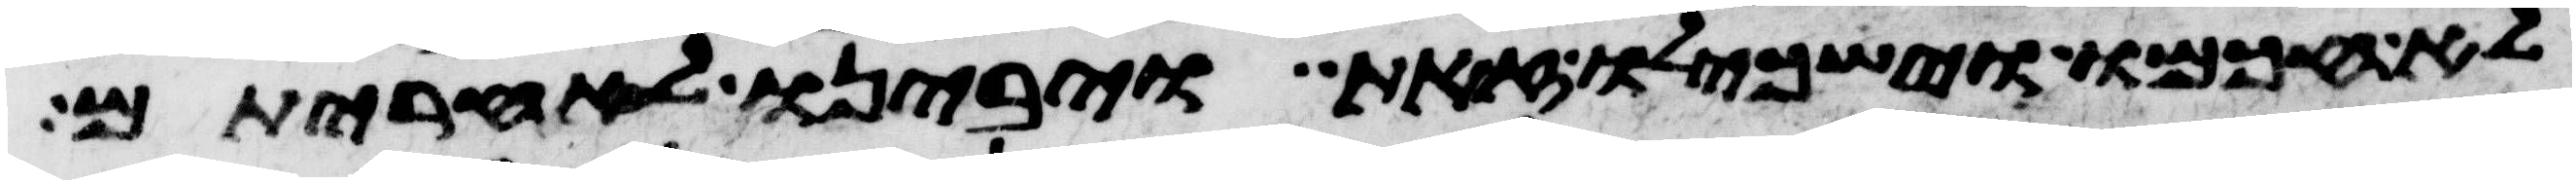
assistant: לא חכמו וישכילו זאת ויבינו לאחריתם